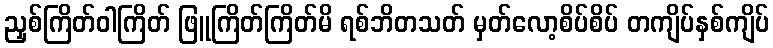
ညှစ်ကြိတ်ဝါကြိတ် ဖြူကြိတ်ကြိတ်မိ ရစ်ဘိတသတ် မှတ်လော့စိပ်စိပ် တကျိပ်နှစ်ကျိပ်